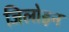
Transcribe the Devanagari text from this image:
जिलोइन